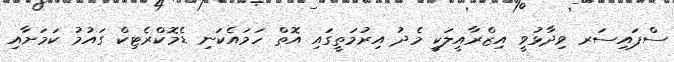
ސްޕައިސަރ ވިދާޅުވީ އިޒްރާއީލަކީ މެދު އިރުމަތީގައި އޮތް ހަމައެކަނި ޑެމޮކްރެޓިކް ގައުމު ކަމަށާއި